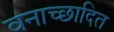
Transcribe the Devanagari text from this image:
वनाच्‍छादित